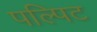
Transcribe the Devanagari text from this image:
पल्पिट